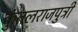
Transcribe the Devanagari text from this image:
कुंतलराजपुत्री